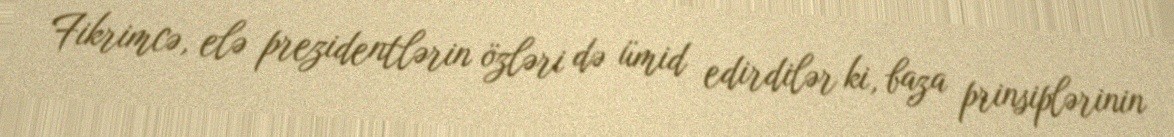
Fikrimcə, elə prezidentlərin özləri də ümid edirdilər ki, baza prinsiplərinin